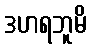
ဒဟရဘူမိ